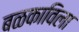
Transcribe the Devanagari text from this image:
बळकाविला